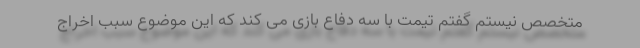
متخصص نیستم گفتم تیمت با سه دفاع بازی می کند که این موضوع سبب اخراج